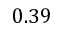
0 . 3 9